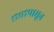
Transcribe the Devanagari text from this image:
१७०७पासून